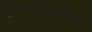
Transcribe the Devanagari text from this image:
परिवारनियोजन